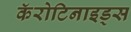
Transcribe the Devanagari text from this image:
कॅरोटिनाइड्स